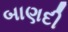
બાણદી